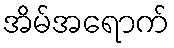
အိမ်အရောက်